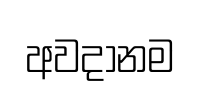
අවදානම